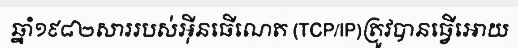
ឆ្នាំ១៩៨២សាររបស់អ៊ីនធើណេត (TCP/IP)ត្រូវបានធ្វើអោយ